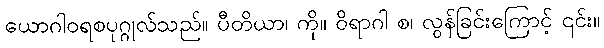
ယောဂါဝရစပုဂ္ဂုလ်သည်။ ပီတိယာ၊ ကို။ ဝိရာဂါ စ၊ လွန်ခြင်းကြောင့် ၎င်း။